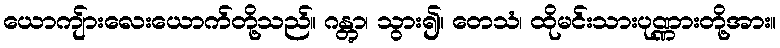
ယောကျ်ားလေးယောက်တို့သည်။ ဂန္တွာ၊ သွား၍။ တေသံ၊ ထိုမင်းသားပုဏ္ဏားတို့အား။